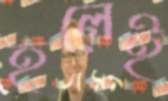
হলেই